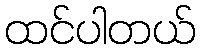
ထင်ပါတယ်